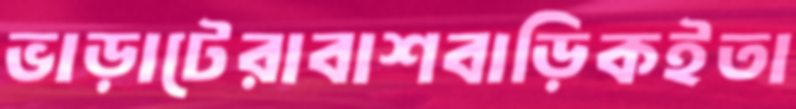
ভাড়াটেরাবাশবাড়িকইতা